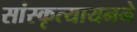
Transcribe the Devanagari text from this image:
सांस्कृत्यायनने